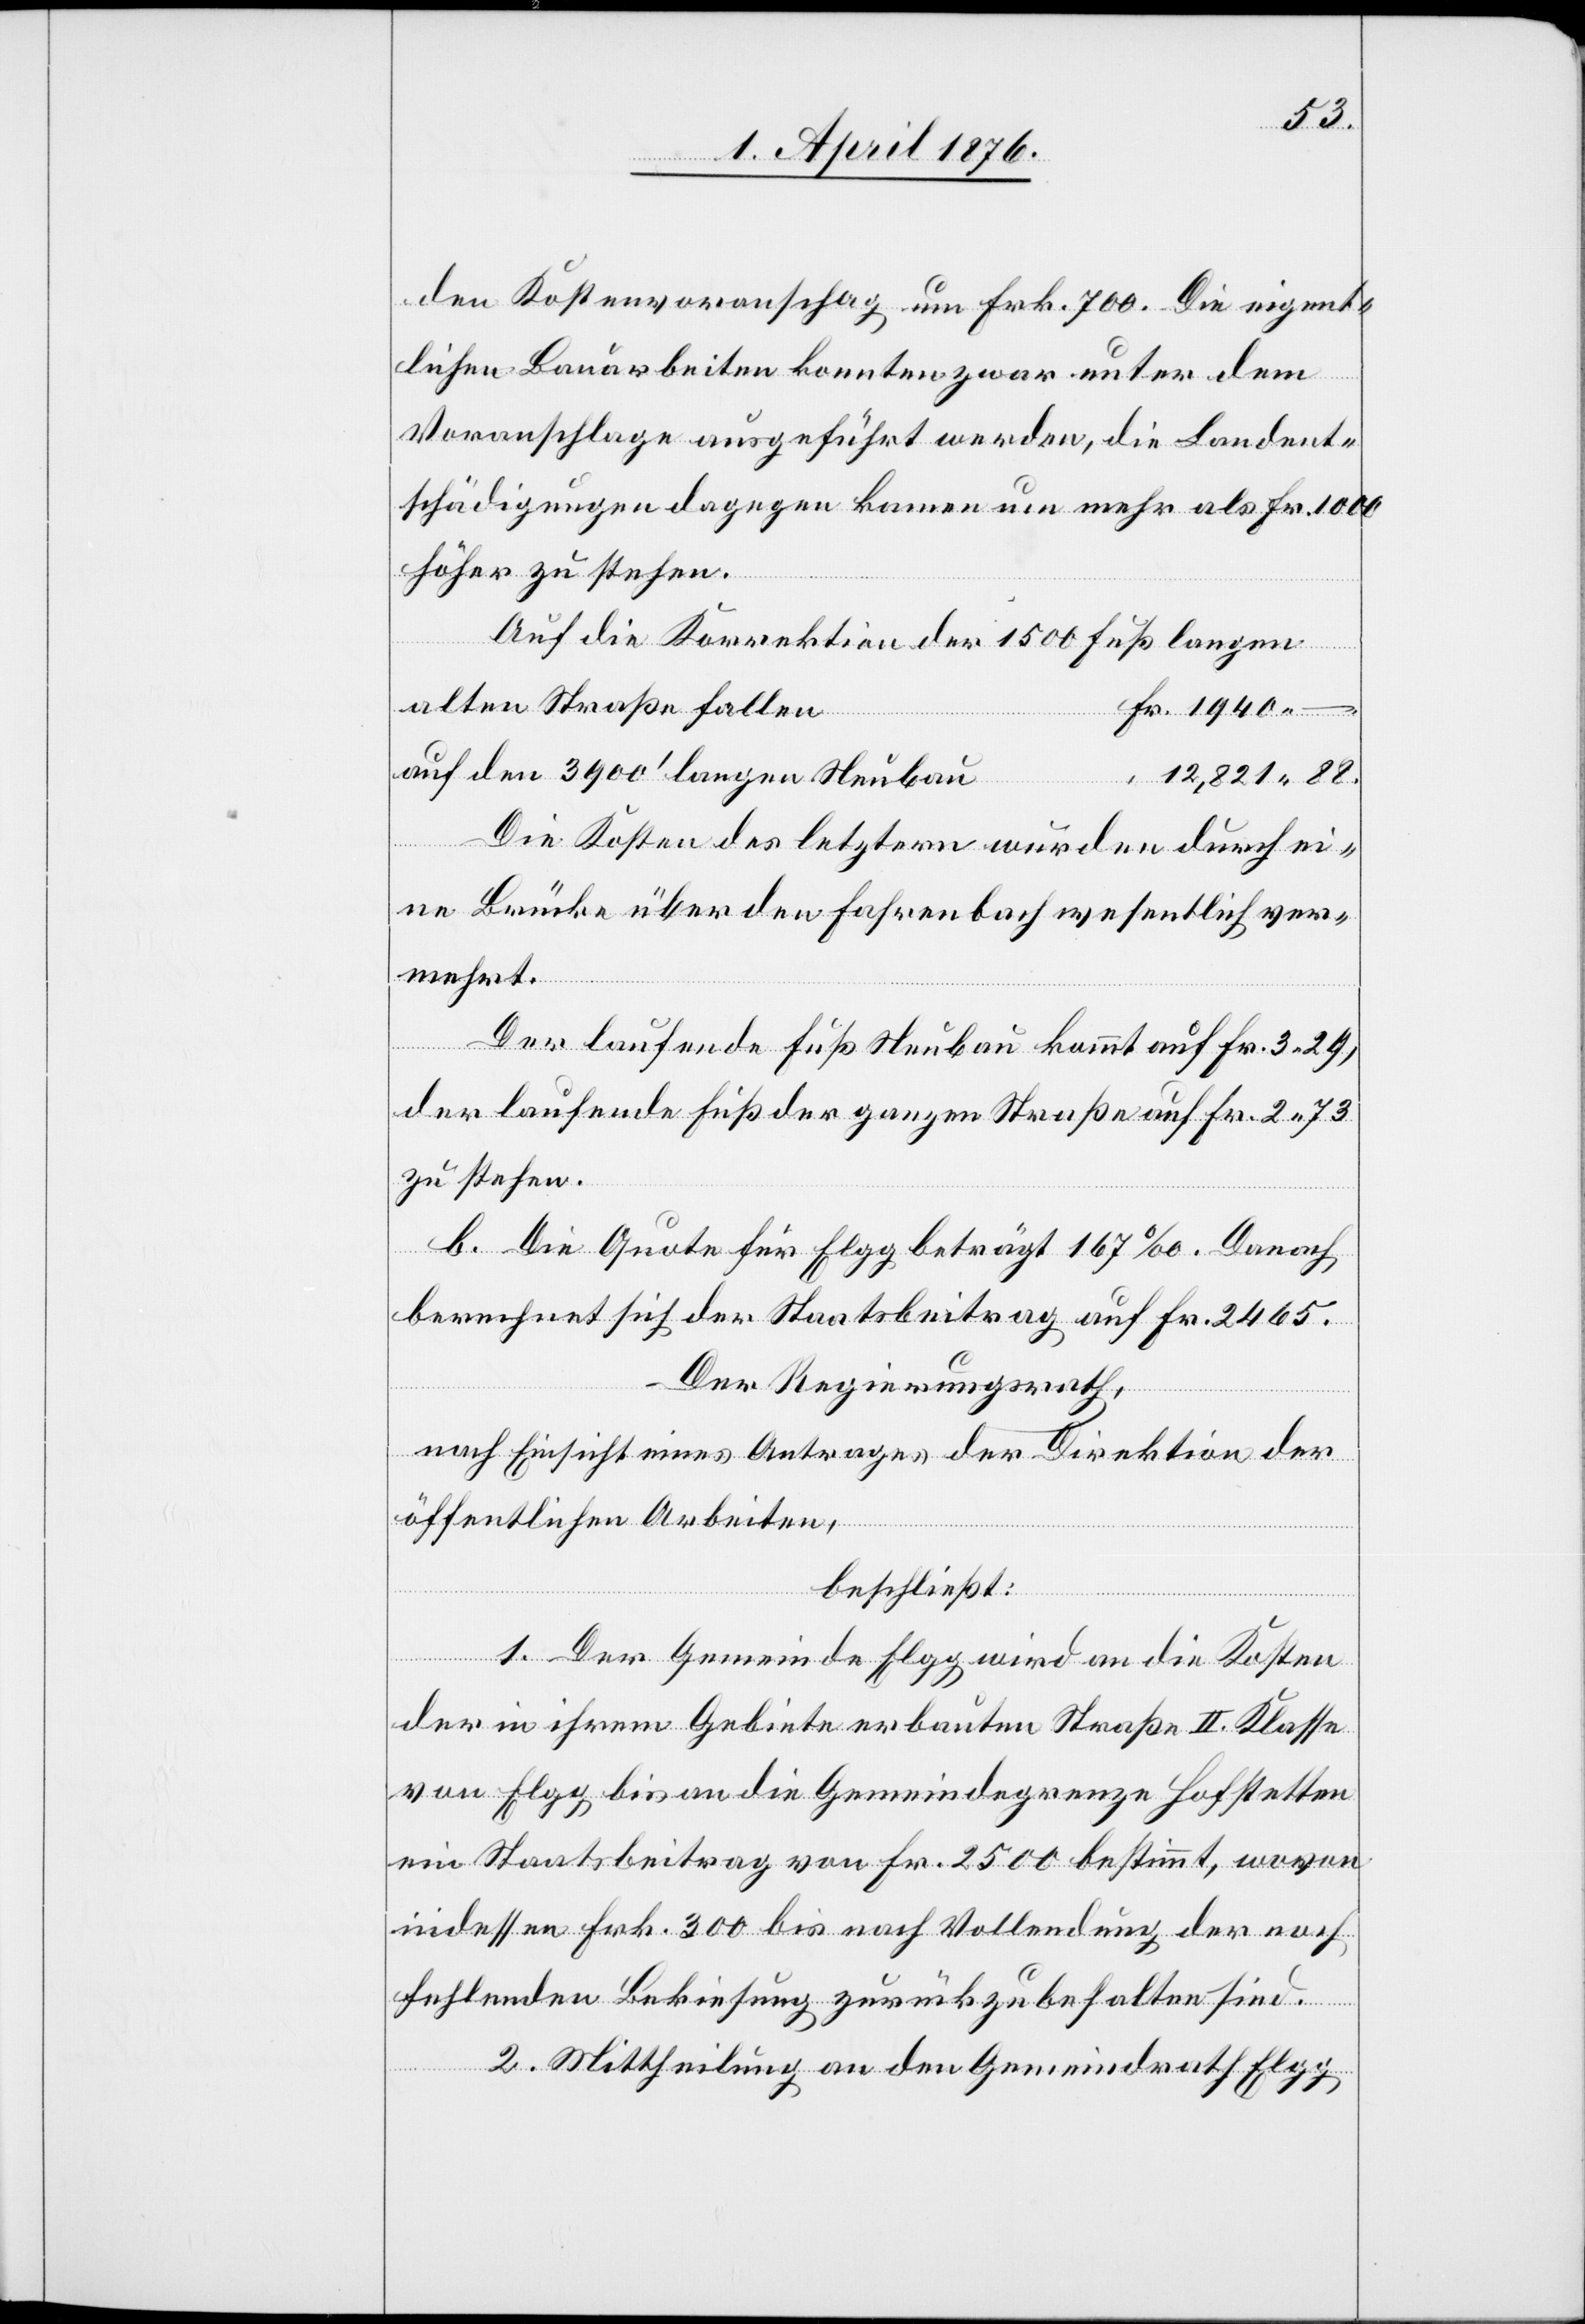
den Kostenvoranschlag um Frk. 700. Die eigent¬
lichen Bauarbeiten konnten zwar unter dem
Voranschlage ausgeführt werden, die Landent¬
schädigungen dagegen kamen um mehr als Fr. 1000
höher zu stehen.
Auf die Korrektion der 1500 Fuß langen
alten Straße fallen
Fr. 1940 –.
auf den 3900’ langen Neubau
12,821 88
Die Kosten des letztern wurden durch ei¬
ne Brücke über den Fahrenbach wesentlich ver¬
mehrt.
Der laufende Fuß Neubau kommt auf Fr. 3 29,
der laufende Fuß der ganzen Straße auf Fr. 2 73
zu stehen.
b. die Quote für Elgg beträgt 167 ‰. Danach
berechnet sich der Staatsbeitrag auf Fr. 2465.
Der Regierungsrath,
nach Einsicht eines Antrages der Direktion der
öffentlichen Arbeiten,
beschließt:
1. Der Gemeinde Elgg wird an die Kosten
der in ihrem Gebiete erbauten Straße II. Klasse
von Elgg bis an die Gemeindegrenze Hofstetten
ein Staatsbeitrag von Fr. 2500 bestimmt, wovon
indessen Frk. 300 bis nach Vollendung der noch
fehlenden Bekiesung zurück zu behalten sind.
2. Mittheilung an den Gemeindrath Elgg